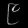
Digit: ၉